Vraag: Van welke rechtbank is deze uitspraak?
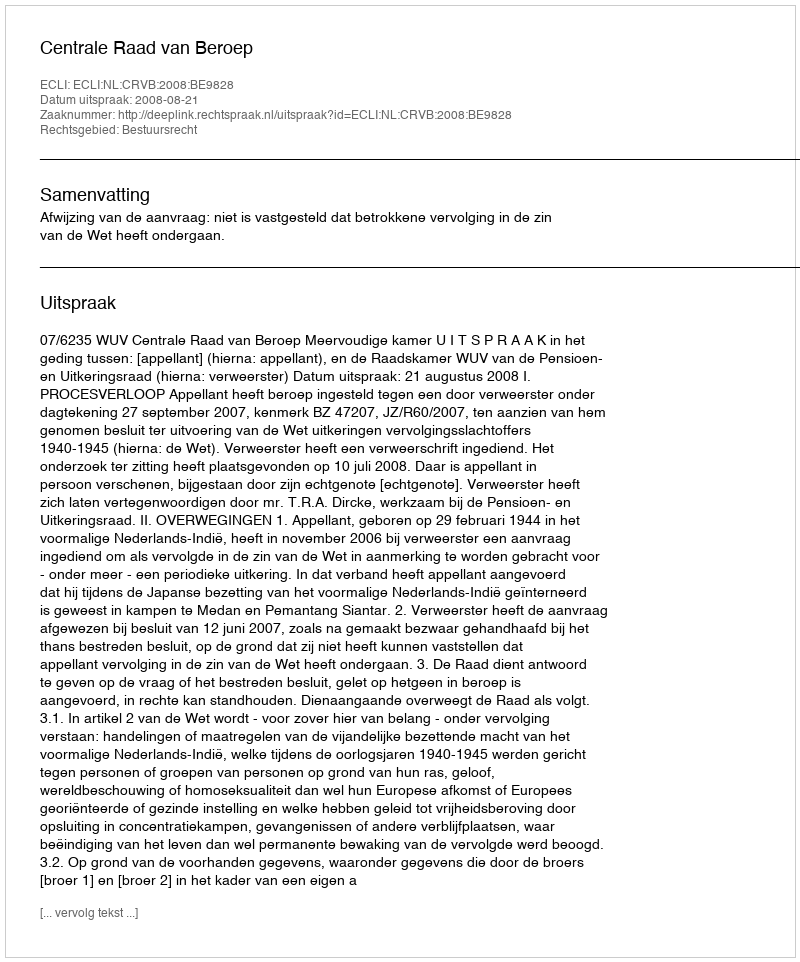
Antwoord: Centrale Raad van Beroep